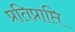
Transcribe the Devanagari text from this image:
प्रतिप्राप्ति